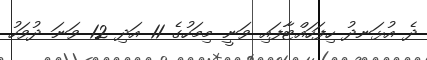
ދެ އުޅަނދު ހިފަހައްޓާފައި ވަނީ މިމަހުގެ 11 އަދި 12 ވަނަ ދުވަހު